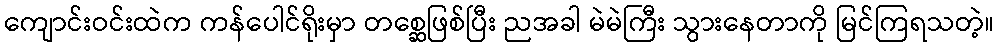
ကျောင်းဝင်းထဲက ကန်ပေါင်ရိုးမှာ တစ္ဆေဖြစ်ပြီး ညအခါ မဲမဲကြီး သွားနေတာကို မြင်ကြရသတဲ့။